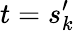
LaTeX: t=s_{k}^{\prime}